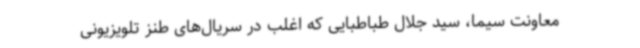
معاونت سیما، سید جلال طباطبایی که اغلب در سریال‌های طنز تلویزیونی